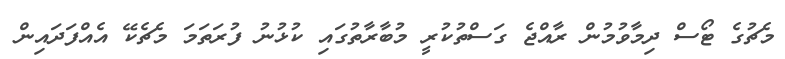
މެޗުގެ ޓޯސް ދިމާވުމުން ރާއްޖެ ގަސްތުކުރީ މުބާރާތުގައި ކުޅުނު ފުރަތަމަ މެޗެކޭ އެއްފަދައިން